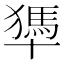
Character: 𠧀